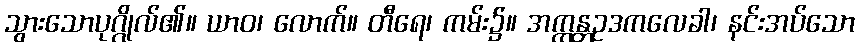
သွားသောပုဂ္ဂိုလ်၏။ ယာဝ၊ လောက်။ တီရေ၊ ကမ်း၌။ အက္ကန္တဥဒကလေခါ၊ နင်းအပ်သော